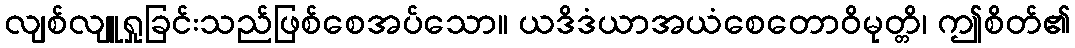
လျစ်လျူရှုခြင်းသည်ဖြစ်စေအပ်သော။ ယဒိဒံယာအယံစေတောဝိမုတ္တိ၊ ဤစိတ်၏